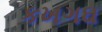
કખગઘ